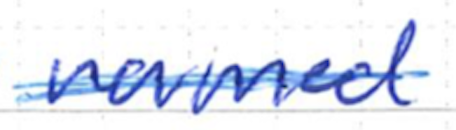
Text: named
Cross-out: single-line
Writing tool: ballpoint